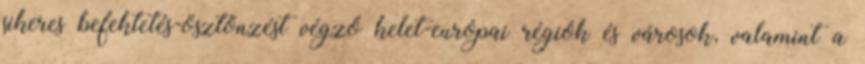
sikeres befektetés-ösztönzést végző kelet-európai régiók és városok, valamint a